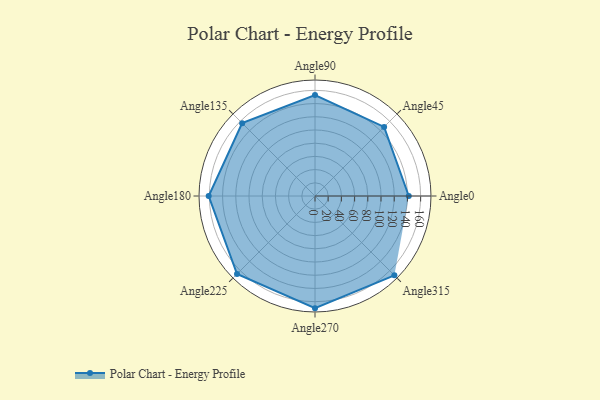
{"axis": {"x": "Angle", "y": "Radius"}, "legend": [""], "data": [{"x": "Angle0", "y": 142.0, "type": ""}, {"x": "Angle45", "y": 148.0, "type": ""}, {"x": "Angle90", "y": 153.0, "type": ""}, {"x": "Angle135", "y": 156.0, "type": ""}, {"x": "Angle180", "y": 161.0, "type": ""}, {"x": "Angle225", "y": 167.0, "type": ""}, {"x": "Angle270", "y": 170, "type": ""}, {"x": "Angle315", "y": 170, "type": ""}]}